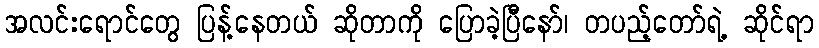
အလင်းရောင်တွေ ပြန့်နေတယ် ဆိုတာကို ပြောခဲ့ပြီနော်၊ တပည့်တော်ရဲ့ ဆိုင်ရာ